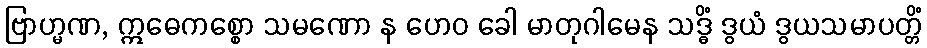
ဗြာဟ္မဏ, ဣဓေကစ္စော သမဏော န ဟေဝ ခေါ မာတုဂါမေန သဒ္ဓိံ ဒွယံ ဒွယသမာပတ္တိံ